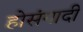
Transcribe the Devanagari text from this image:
होसंगादी